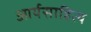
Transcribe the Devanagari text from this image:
आर्यसाहित्य